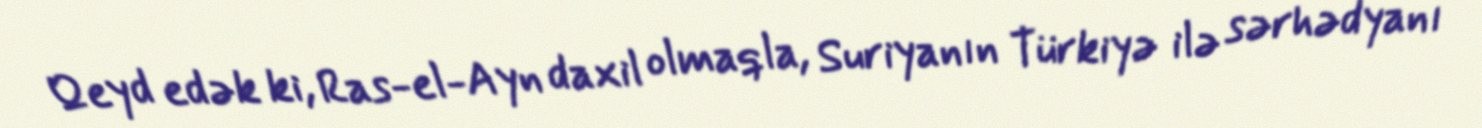
Qeyd edək ki, Ras-el-Ayn daxil olmaqla, Suriyanın Türkiyə ilə sərhədyanı